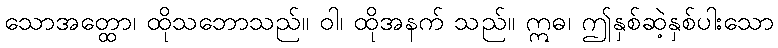
သောအတ္ထော၊ ထိုသဘောသည်။ ဝါ၊ ထိုအနက် သည်။ ဣဓ၊ ဤနှစ်ဆဲ့နှစ်ပါးသော